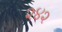
૨૪૨